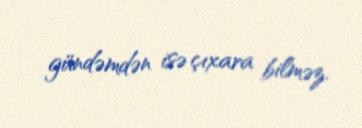
gündəmdən isə çıxara bilməz.